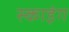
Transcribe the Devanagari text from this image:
स्‍काइंग